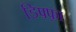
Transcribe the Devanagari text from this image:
डिफ़्फ़ा